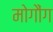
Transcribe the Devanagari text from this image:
मोगौंग